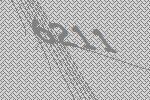
6211